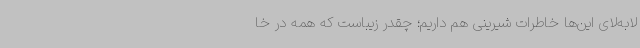
لابه‌لای این‌ها خاطرات شیرینی‌ هم داریم؛ چقدر زیباست که همه در خا